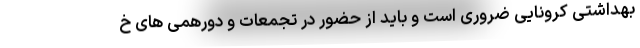
بهداشتی کرونایی ضروری است و باید از حضور در تجمعات و دورهمی های خ